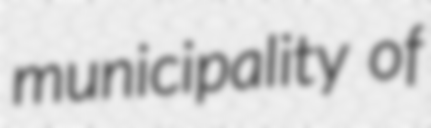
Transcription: municipality of